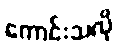
ကောင်းသလို